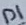
Text: D1